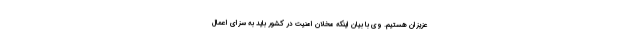
عزیزان هستیم. وی با بیان اینکه مخلان امنیت در کشور باید به سزای اعمال